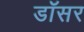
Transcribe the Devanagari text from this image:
डॉसर